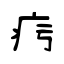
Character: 疞